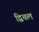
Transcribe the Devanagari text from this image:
द्विचल